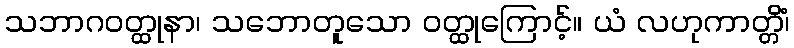
သဘာဂဝတ္ထုနာ၊ သဘောတူသော ဝတ္ထုကြောင့်။ ယံ လဟုကာတ္တိံ၊